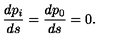
\frac { d p _ { i } } { d s } = \frac { d p _ { 0 } } { d s } = 0 .